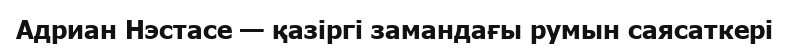
Адриан Нэстасе — қазіргі замандағы румын саясаткері